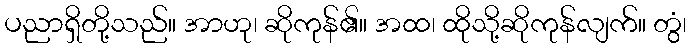
ပညာရှိတို့သည်။ အာဟု၊ ဆိုကုန်၏။ အထ၊ ထိုသို့ဆိုကုန်လျက်။ တွံ၊